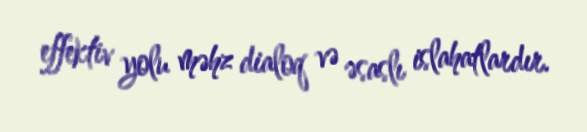
effektiv yolu məhz dialoq və əsaslı islahatlardır.